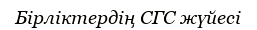
Бірліктердің СГС жүйесі